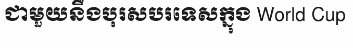
ជាមួយនឹងបុរសបរទេសក្នុង World Cup